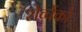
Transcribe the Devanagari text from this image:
शेव्चेंको